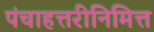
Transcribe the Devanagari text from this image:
पंचाहत्तरीनिमित्त